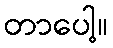
တာပေါ့။